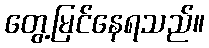
တွေ့မြင်နေရသည်။